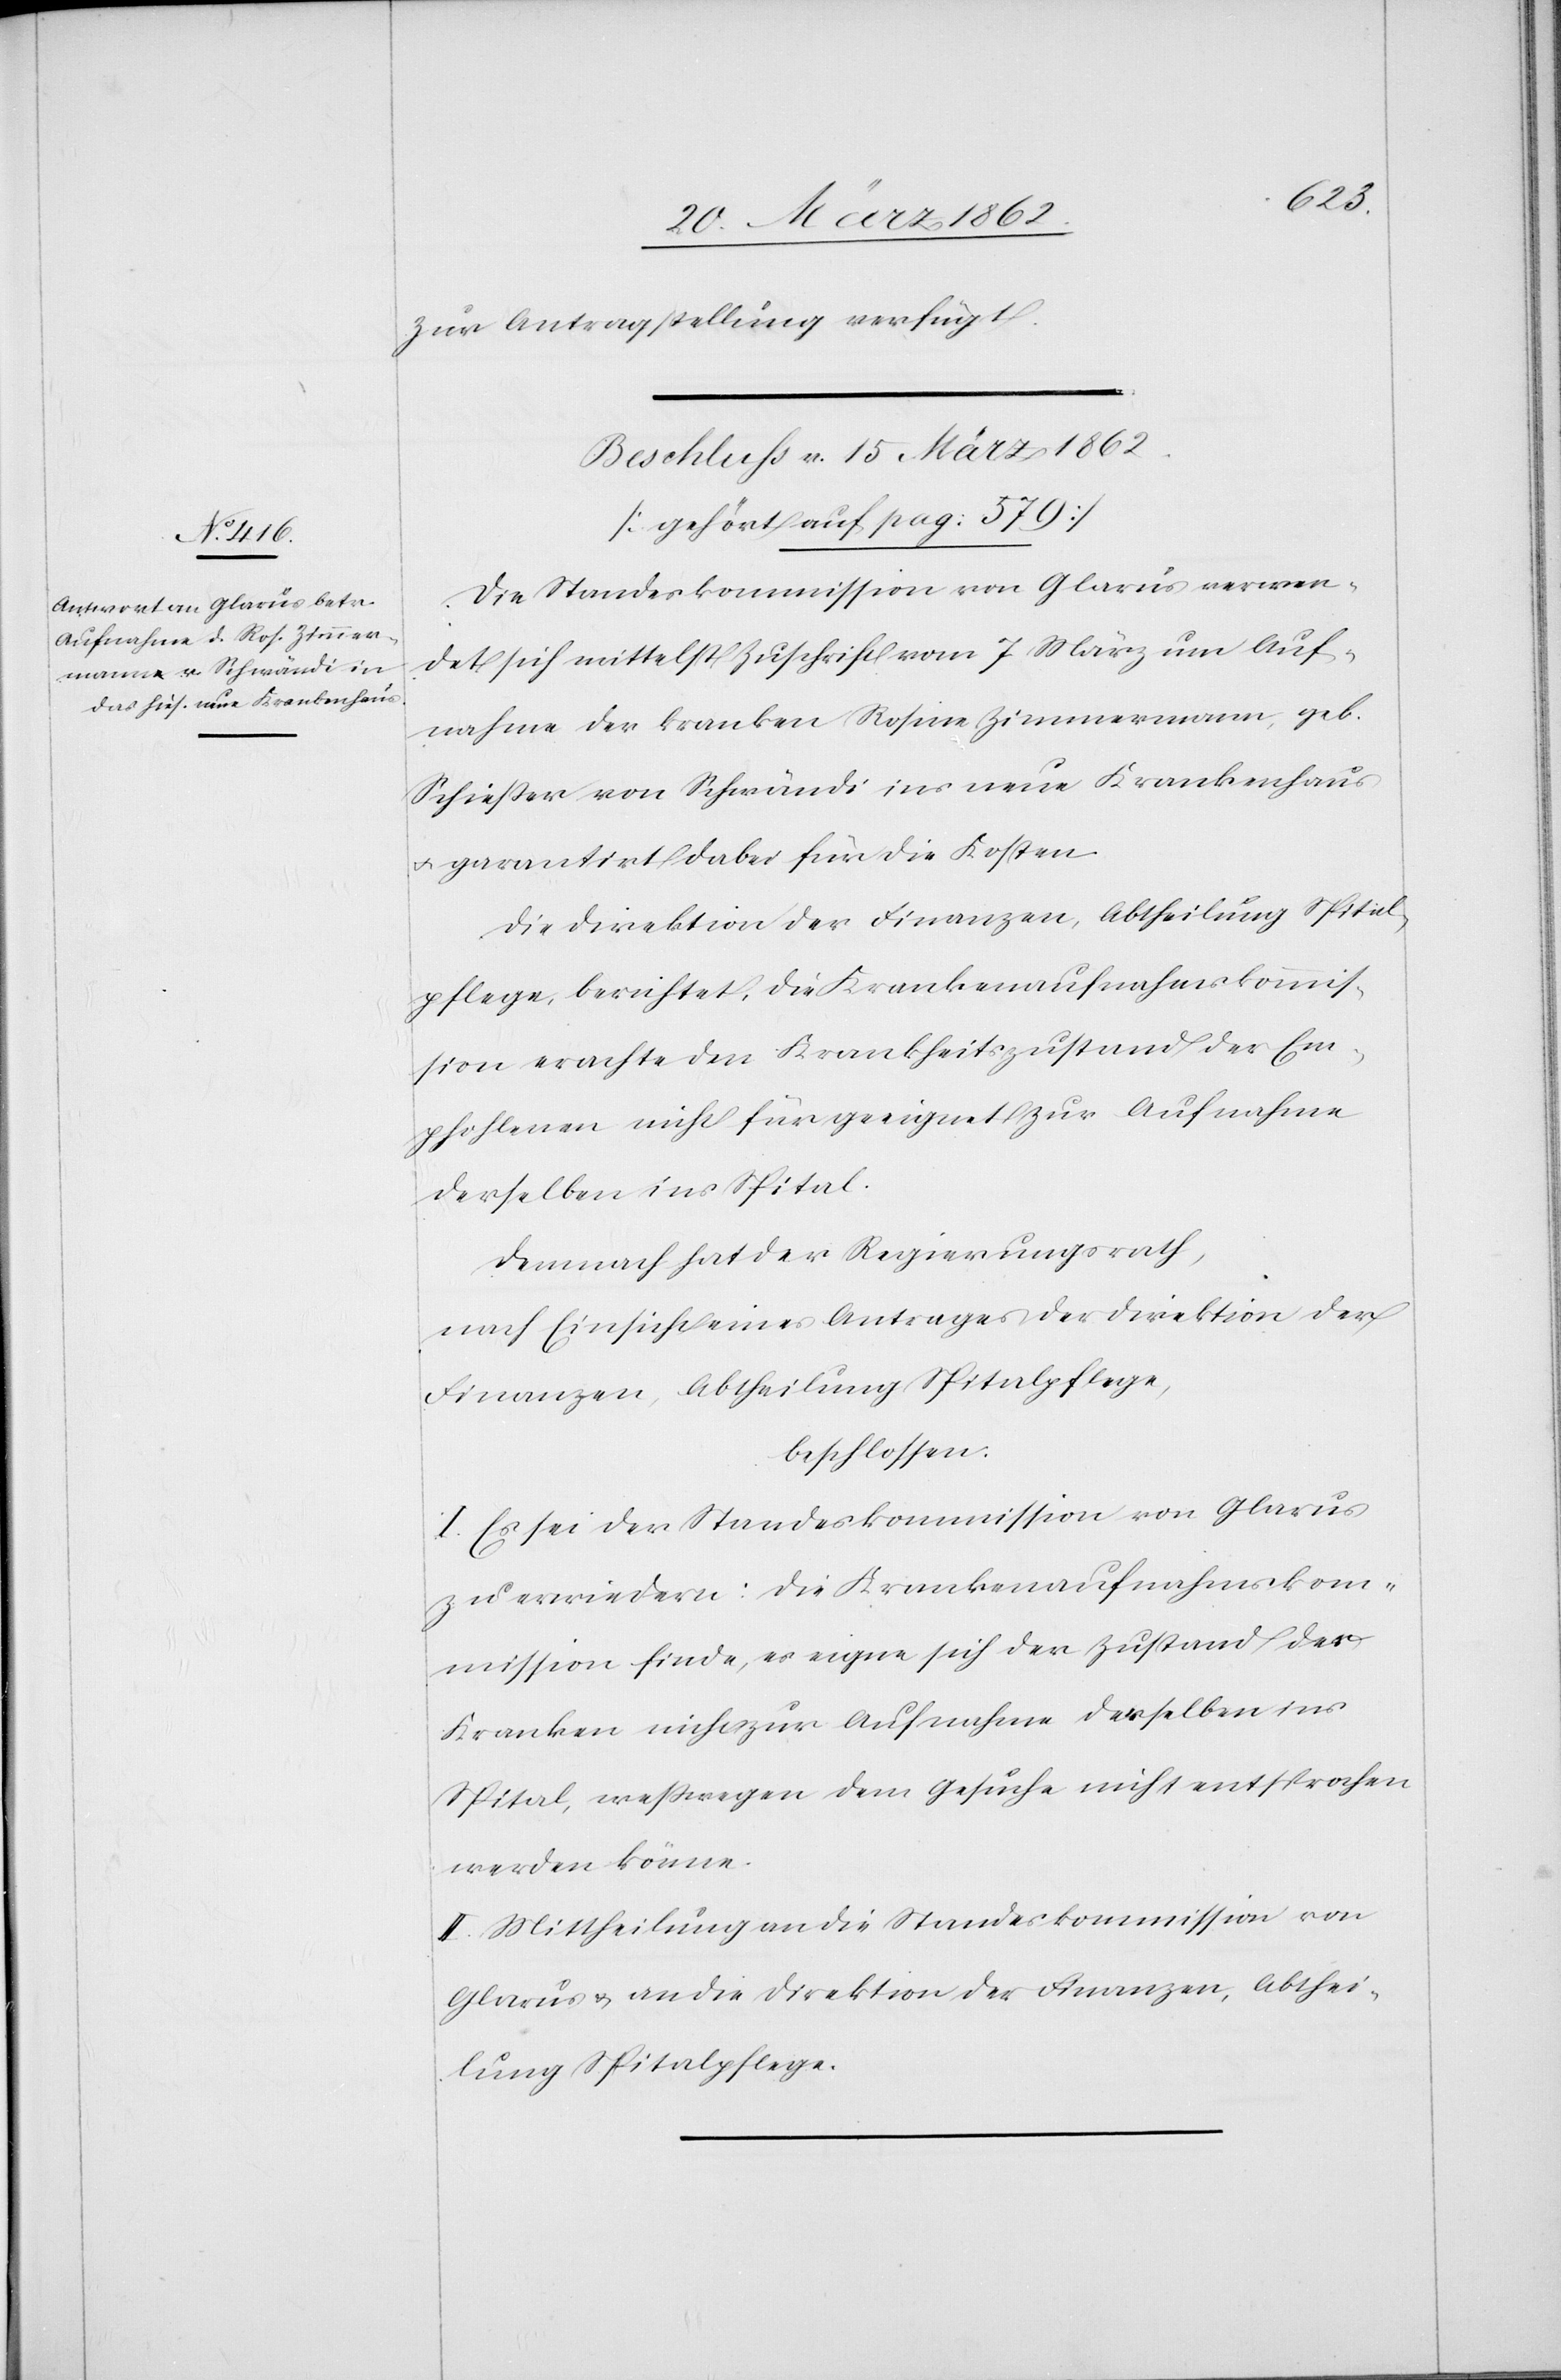
zur Antragstellung verfügt.